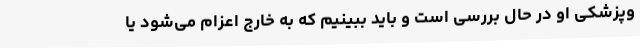
وپزشکی او در حال بررسی است و باید ببینیم که به خارج اعزام می‌شود یا